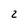
Character: 2